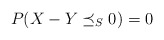
\begin{align*}P(X-Y\preceq_{S} 0)=0\end{align*}